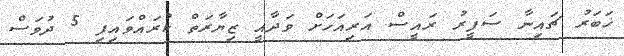
ޚަބަރު ޗައިނާ ސަފީރު ރައީސް އަރިއަހަށް ވަދާއީ ޒިޔާރަތް ކުރައްވައިފި 5 ދުވަސް